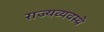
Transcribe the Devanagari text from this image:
राज्यव्यवस्थे